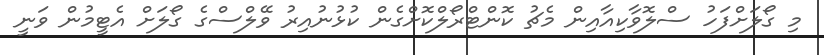
މި ގޯލަށްފަހު ސްލޮވާކިއާއިން މެޗު ކޮންޓްރޯލްކޮށްގެން ކުޅުނުއިރު ވޭލްސްގެ ގޯލަށް އެޓީމުން ވަނީ